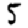
Digit: 5